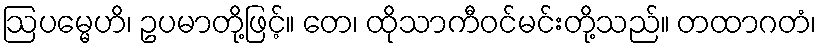
ဩပမ္မေဟိ၊ ဥပမာတို့ဖြင့်။ တေ၊ ထိုသာကီဝင်မင်းတို့သည်။ တထာဂတံ၊